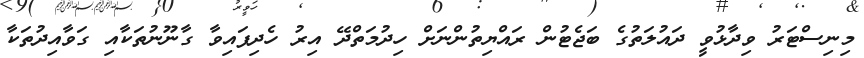
މިނިސްޓަރު ވިދާޅުވީ ދައުލަތުގެ ބަޖެޓުން ރައްޔިތުންނަށް ހިދުމަތްދޭ އިރު ހެދިފައިވާ ގާނޫނުތަކާއި ގަވާއިދުތަކާ